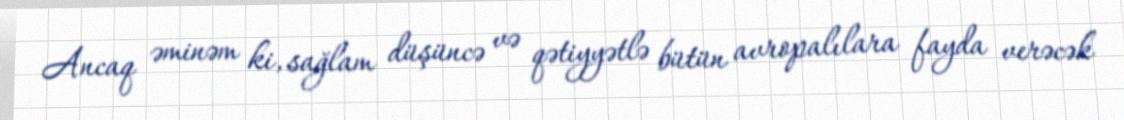
Ancaq əminəm ki, sağlam düşüncə və qətiyyətlə bütün avropalılara fayda verəcək